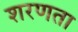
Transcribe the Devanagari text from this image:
शरणता